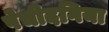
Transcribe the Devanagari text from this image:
पेचीदगिया